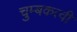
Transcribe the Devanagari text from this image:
चुम्बकत्वी